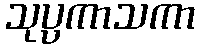
သုပ္ပကာသကာ